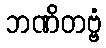
ဘဏိတဗ္ဗံ